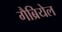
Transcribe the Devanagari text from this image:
गैब्रियेल